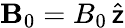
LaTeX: {\mathbf B}_{0}=B_{0}\, \widehat{\sf z}